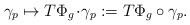
LaTeX: \begin{align*}\gamma_p\mapsto T\Phi_g\!\cdot\!\gamma_p : = T\Phi_g \circ \gamma_p.\end{align*}